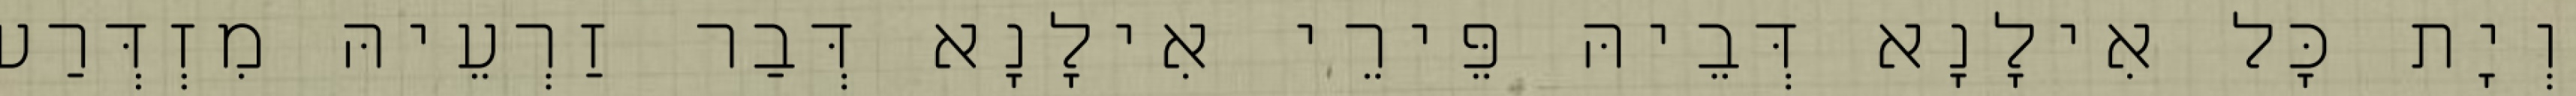
וְיָת כָּל אִילָנָא דְּבֵיהּ פֵּירֵי אִילָנָא דְּבַר זַרְעֵיהּ מִזְדְּרַע